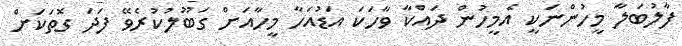
ފާލުބަލާ މީހުންނަކީ އެމީހުން ދައްކާ ވާހަކަ އަޑުއަހާ މީހާއަށް ގަބޫލުކުރެވޭ ފަދަ ގޮތަކަށް